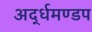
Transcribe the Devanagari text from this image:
अर्द्धमण्डप